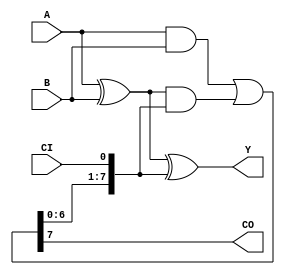
module adder(A, B, CI, Y, CO);

  // inputs
  input  [7:0] A;
  input  [7:0] B;
  input        CI;
  
  
  // outputs
  output [7:0] Y;
  output       CO;
  
  
  // reg and internal variable definitions
  wire   [8:0] carry;
  
  
  // implement module here
  assign carry[0] = CI;
  assign carry[8:1] = (A & B) | ((A ^ B) & carry[7:0]);
  assign Y = A ^ B ^ carry[7:0];
  assign CO = carry[8];

  
endmodule